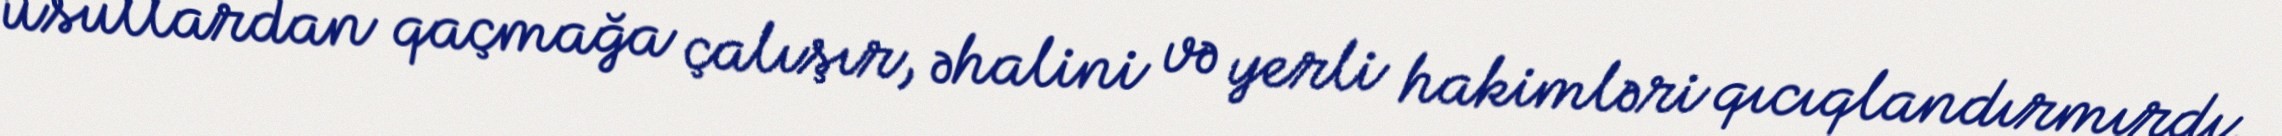
üsullardan qaçmağa çalışır, əhalini və yerli hakimləri qıcıqlandırmırdı.